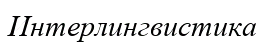
Интерлингвистика